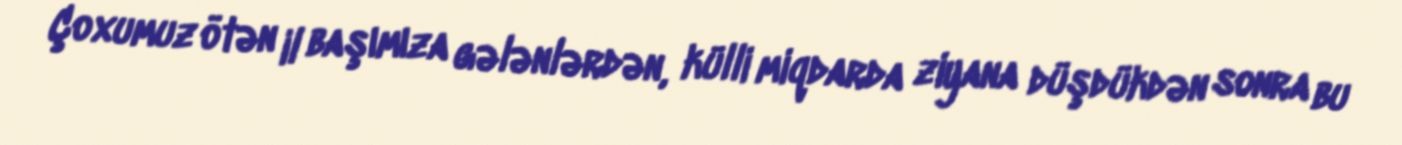
Çoxumuz ötən il başımıza gələnlərdən, külli miqdarda ziyana düşdükdən sonra bu